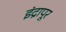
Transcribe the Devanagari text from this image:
इंद्रापूर